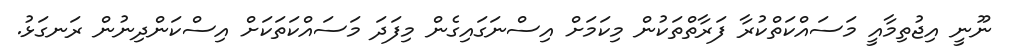
ނޫނީ އިޖުތިމާއީ މަސައްކަތްކުރާ ފަރާތްތަކުން މިކަމަށް އިސްނަގައިގެން މިފަދަ މަސައްކަތަކަށް އިސްކަންދިނުން ރަނގަޅު.